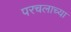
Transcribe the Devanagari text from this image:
परचलाच्या